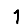
Digit: 1